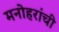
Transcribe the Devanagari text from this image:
मनोहरांची